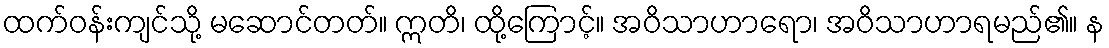
ထက်ဝန်းကျင်သို့ မဆောင်တတ်။ ဣတိ၊ ထို့ကြောင့်။ အဝိသာဟာရော၊ အဝိသာဟာရမည်၏။ န